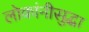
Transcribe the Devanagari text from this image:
लोकांनीसुद्धा